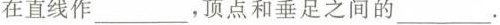
在直线作_______，顶点和垂足之间的___